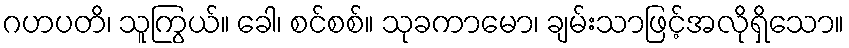
ဂဟပတိ၊ သူကြွယ်။ ခေါ၊ စင်စစ်။ သုခကာမော၊ ချမ်းသာဖြင့်အလိုရှိသော။